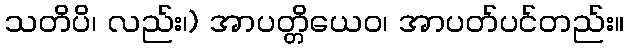
သတိပိ၊ လည်း၊) အာပတ္တိယေဝ၊ အာပတ်ပင်တည်း။